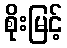
စိုးမြင့်